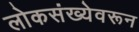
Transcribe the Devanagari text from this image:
लोकसंख्येवरून